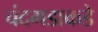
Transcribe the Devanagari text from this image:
चंदगडाकडे